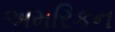
અમરિકન